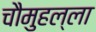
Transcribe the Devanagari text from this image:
चौमुहल्ला